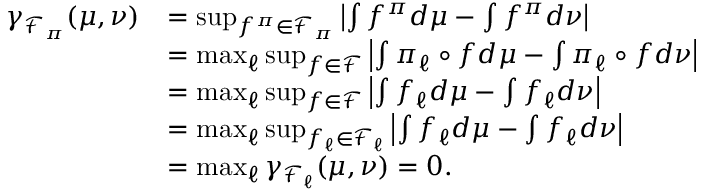
\begin{array} { r l } { \gamma _ { \mathcal { F } _ { \pi } } ( \mu , \nu ) } & { = \operatorname* { s u p } _ { f ^ { \pi } \in \mathcal { F } _ { \pi } } \left| \int f ^ { \pi } d \mu - \int f ^ { \pi } d \nu \right| } \\ & { = \operatorname* { m a x } _ { \ell } \operatorname* { s u p } _ { f \in \mathcal { F } } \left| \int \pi _ { \ell } \circ f d \mu - \int \pi _ { \ell } \circ f d \nu \right| } \\ & { = \operatorname* { m a x } _ { \ell } \operatorname* { s u p } _ { f \in \mathcal { F } } \left| \int f _ { \ell } d \mu - \int f _ { \ell } d \nu \right| } \\ & { = \operatorname* { m a x } _ { \ell } \operatorname* { s u p } _ { f _ { \ell } \in \mathcal { F } _ { \ell } } \left| \int f _ { \ell } d \mu - \int f _ { \ell } d \nu \right| } \\ & { = \operatorname* { m a x } _ { \ell } \gamma _ { \mathcal { F } _ { \ell } } ( \mu , \nu ) = 0 . } \end{array}